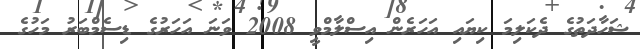
ޝަހާދަތުގެ ދެކަލިމަ ކިޔައި އަހަރެން އިސްލާމްވީ 2008 ވަނަ އަހަރުގެ ޑިސެމްބަރު މަހުގެ